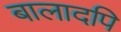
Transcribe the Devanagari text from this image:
बालादपि